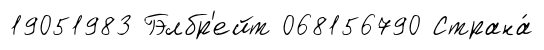
19051983 Гэлбр'ейт 068156790 Страна́